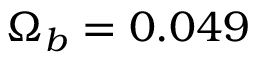
\Omega _ { b } = 0 . 0 4 9